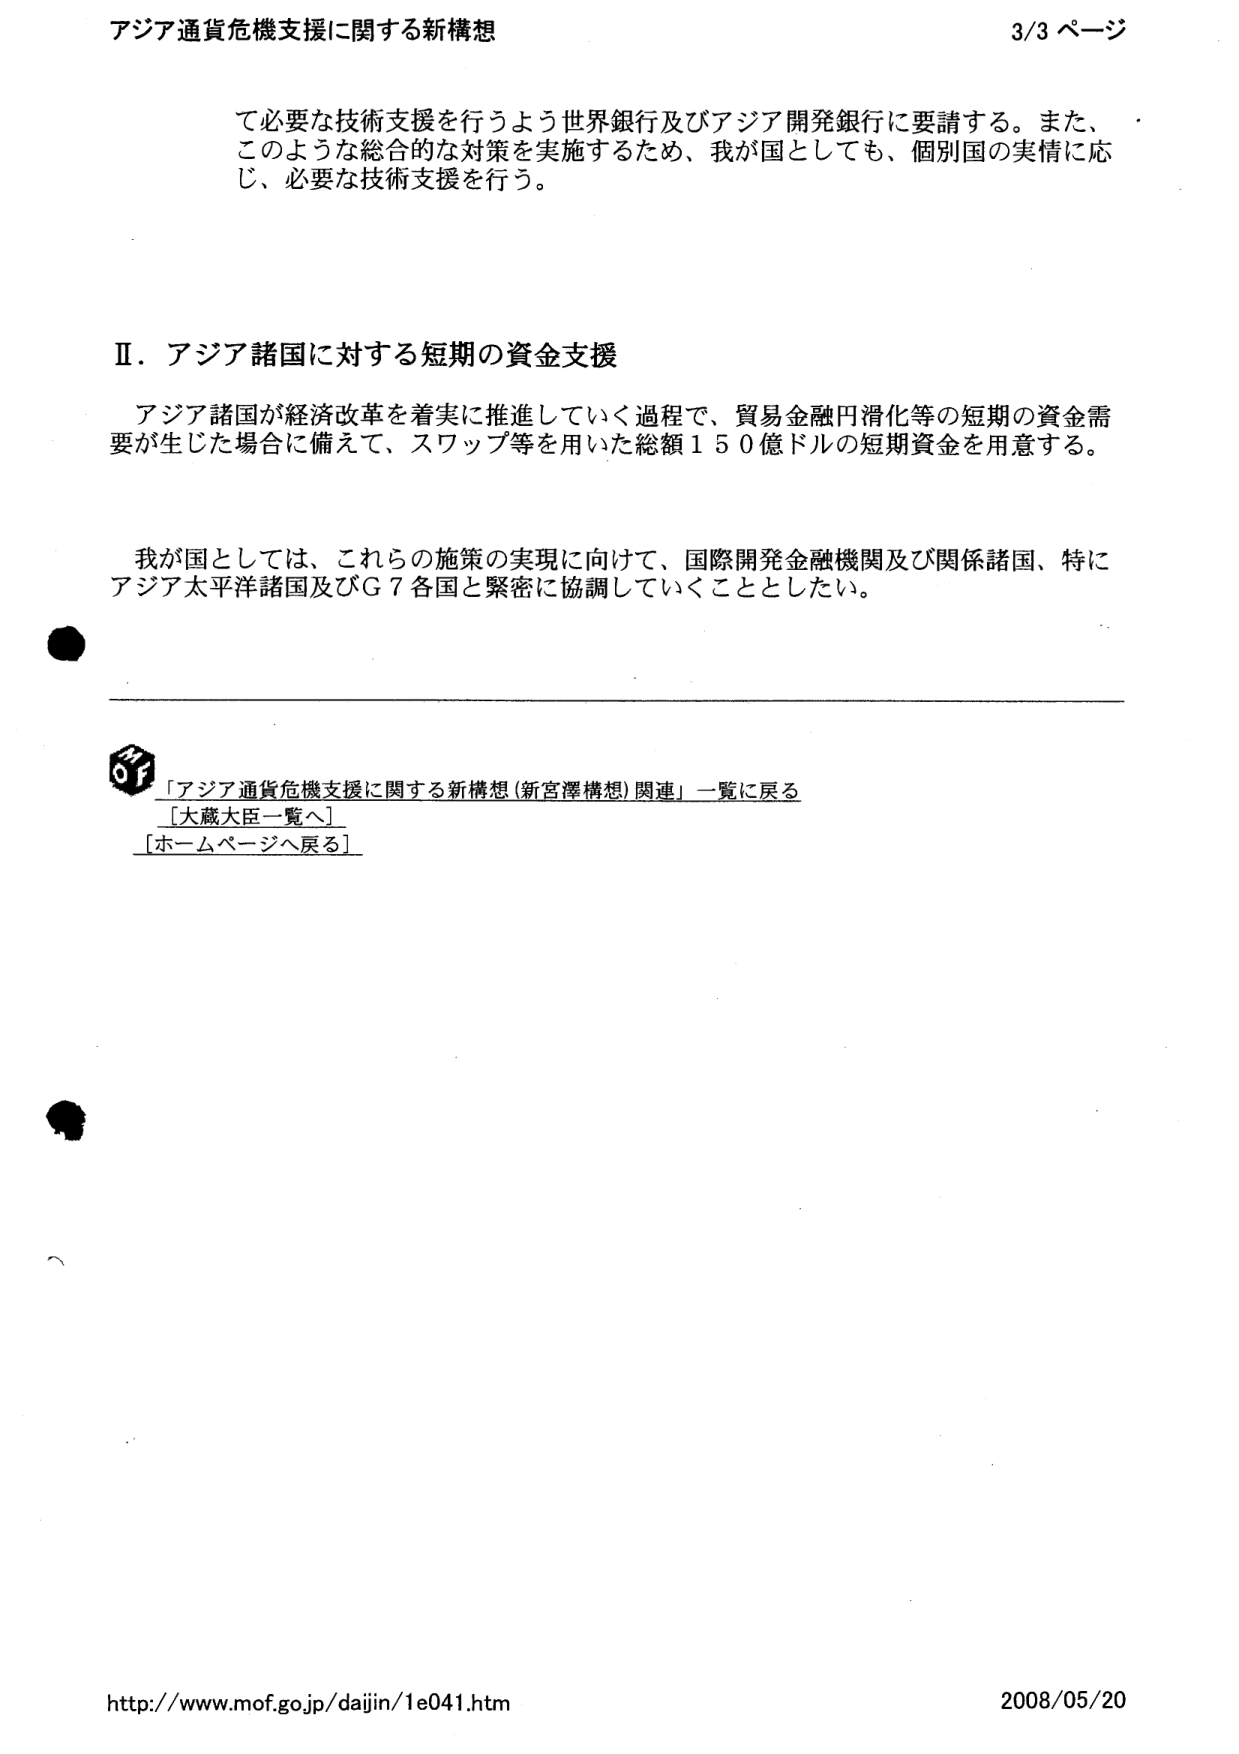
アジア通貨危機支援に関する新構想
3/3 ページ

て必要な技術支援を行うよう世界銀行及びアジア開発銀行に要請する。また、
このような総合的な対策を実施するため、我が国としても、個別国の実情に応
じ、必要な技術支援を行う。

Ⅱ．アジア諸国に対する短期の資金支援

アジア諸国が経済改革を着実に推進していく過程で、貿易金融円滑化等の短期の資金需
要が生じた場合に備えて、スワップ等を用いた総額１５０億ドルの短期資金を用意する。

我が国としては、これらの施策の実現に向けて、国際開発金融機関及び関係諸国、特に
アジア太平洋諸国及びＧ７各国と緊密に協調していくこととしたい。

「アジア通貨危機支援に関する新構想（新宮澤構想）関連」一覧に戻る
［大蔵大臣一覧へ］
［ホームページへ戻る］

http://www.mof.go.jp/daijin/1e041.htm
2008/05/20